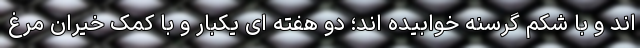
اند و با شکم گرسنه خوابیده اند؛ دو هفته ای یکبار و با کمک خیران مرغ